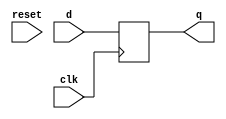
`timescale 1ns / 1ps
//////////////////////////////////////////////////////////////////////////////////
// Company: 
// Engineer: 
// 
// Design Name: 
// Module Name: dff
// Project Name: 
// Target Devices: 
// Tool Versions: 
// Description: 
// 
// Dependencies: 
// 
// Revision:
// Revision 0.01 - File Created
// Additional Comments:
// 
//////////////////////////////////////////////////////////////////////////////////


module dff(
input clk,
input [31:0]d,
input reset ,
output reg [31:0]q

    );
    always@(posedge clk)
    q<= d ;
endmodule